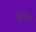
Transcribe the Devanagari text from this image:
हल्दीर